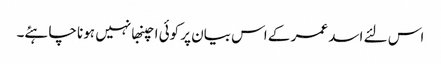
اس لئے اسد عمر کے اس بیان پر کوئی اچنبھا نہیں ہونا چاہئے۔